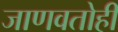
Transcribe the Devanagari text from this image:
जाणवतोही